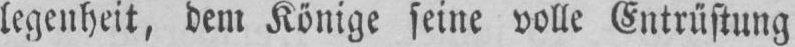
legenheit, dem Könige seine volle Entrüstung